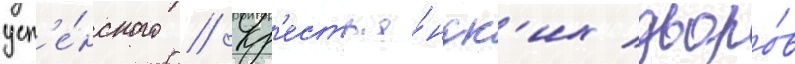
усп'е́нского // Кр'естья́нск'их дворо́в